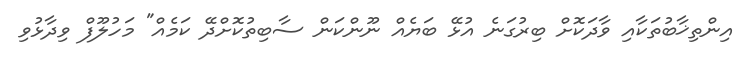
އިންތިޚާބުތަކާއި ވާދަކޮށް ބިރުގަނެ އުޅޭ ބަޔެއް ނޫންކަން ސާބިތުކޮށްދޭ ކަމެއް" މަހުލޫފް ވިދާޅުވި